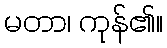
မတာ၊ ကုန်၏။